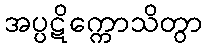
အပ္ပဋိက္ကောသိတွာ